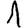
Digit: 1